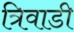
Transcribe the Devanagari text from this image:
त्रिवाडी